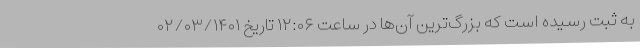
به ثبت رسیده است که بزرگ‌ترین آن‌ها در ساعت ۱۲:۰۶ تاریخ ۰۲/۰۳/۱۴۰۱